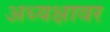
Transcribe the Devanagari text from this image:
अध्यक्षावर